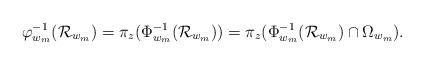
LaTeX: \begin{align*}\varphi_{w_m}^{-1}(\mathcal{R}_{w_m})= \pi_z(\Phi_{w_m}^{-1}(\mathcal{R}_{w_m})) = \pi_z(\Phi_{w_m}^{-1}(\mathcal{R}_{w_m})\cap\Omega_{w_m}).\end{align*}